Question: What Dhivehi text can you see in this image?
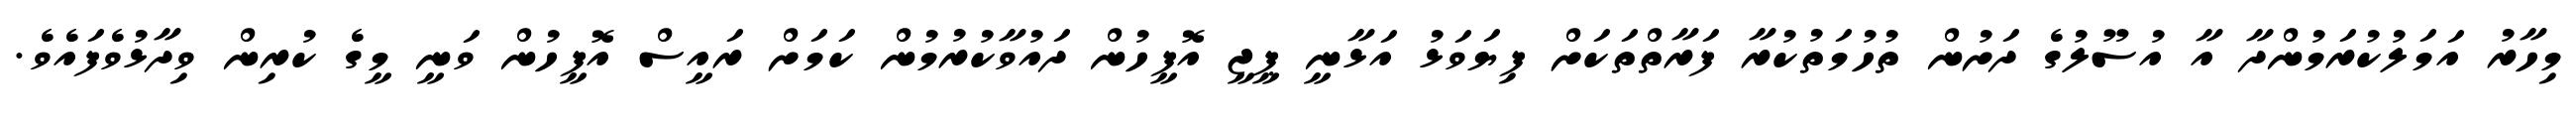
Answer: މިހާރު އަމަލުކުރަމުންދާ އާ އުސޫލުގެ ދަށުން ތުހުމަތުކުރާ ފަރާތްތަކަށް ފިޔަވަޅު އަޅާނީ ޕީޖީ އޮފީހުން ދައުވާކުރުމުން ކަމަށް ރައީސް އޮފީހުން ވަނީ މީގެ ކުރިން ވިދާޅުވެފައެވެ.